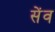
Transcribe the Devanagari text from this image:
सेंव